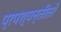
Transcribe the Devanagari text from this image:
प्रपश्यन्तीतरे